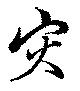
災